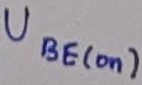
Text: UBE(on)